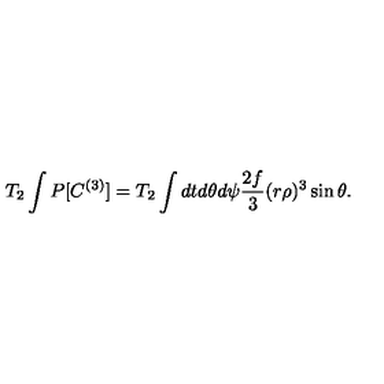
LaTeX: T _ { 2 } \int P [ C ^ { ( 3 ) } ] = T _ { 2 } \int d t d \theta d \psi \frac { 2 f } { 3 } ( r \rho ) ^ { 3 } \sin \theta .